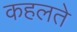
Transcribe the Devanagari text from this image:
कहलते